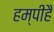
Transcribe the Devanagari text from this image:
हम्पीहै